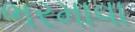
ભરમાવા